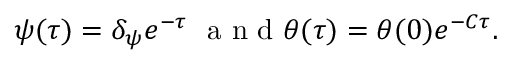
\begin{array} { r } { \psi ( \tau ) = \delta _ { \psi } e ^ { - \tau } \mathrm { ~ \normalsize ~ a ~ n ~ d ~ } \theta ( \tau ) = \theta ( 0 ) e ^ { - C \tau } . } \end{array}